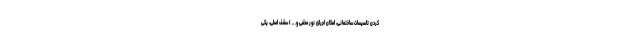
کردن تاسیسات ساختمانی، امکان اجرای نور مخفی و. .. ) سقف اصلی، یکی